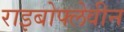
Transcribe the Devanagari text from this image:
राइबोफ्लेवीन